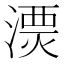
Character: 𣻔